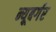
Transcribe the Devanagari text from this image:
न्यूबर्गर